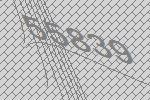
55839